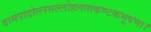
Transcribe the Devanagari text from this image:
वामपादोल्लसल्लोहलताकण्टकभूषणा।